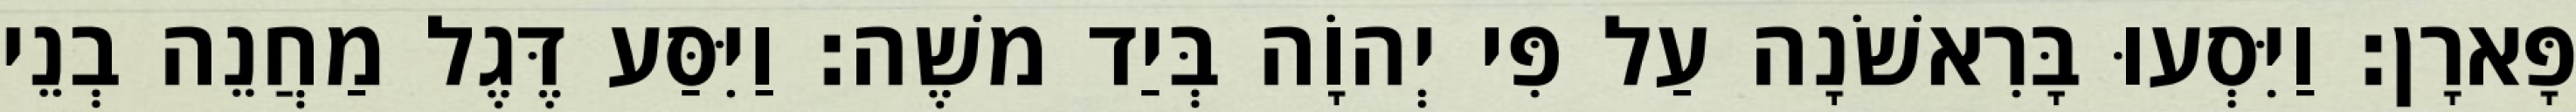
פָּארָן׃ וַיִּסְעוּ בָּרִאשֹׁנָה עַל פִּי יְהוָֹה בְּיַד משֶׁה׃ וַיִּסַּע דֶּגֶל מַחֲנֵה בְנֵי